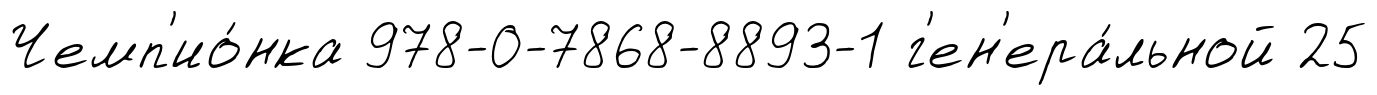
Чемп'ио́нка 978-0-7868-8893-1 г'ен'ера́льной 25